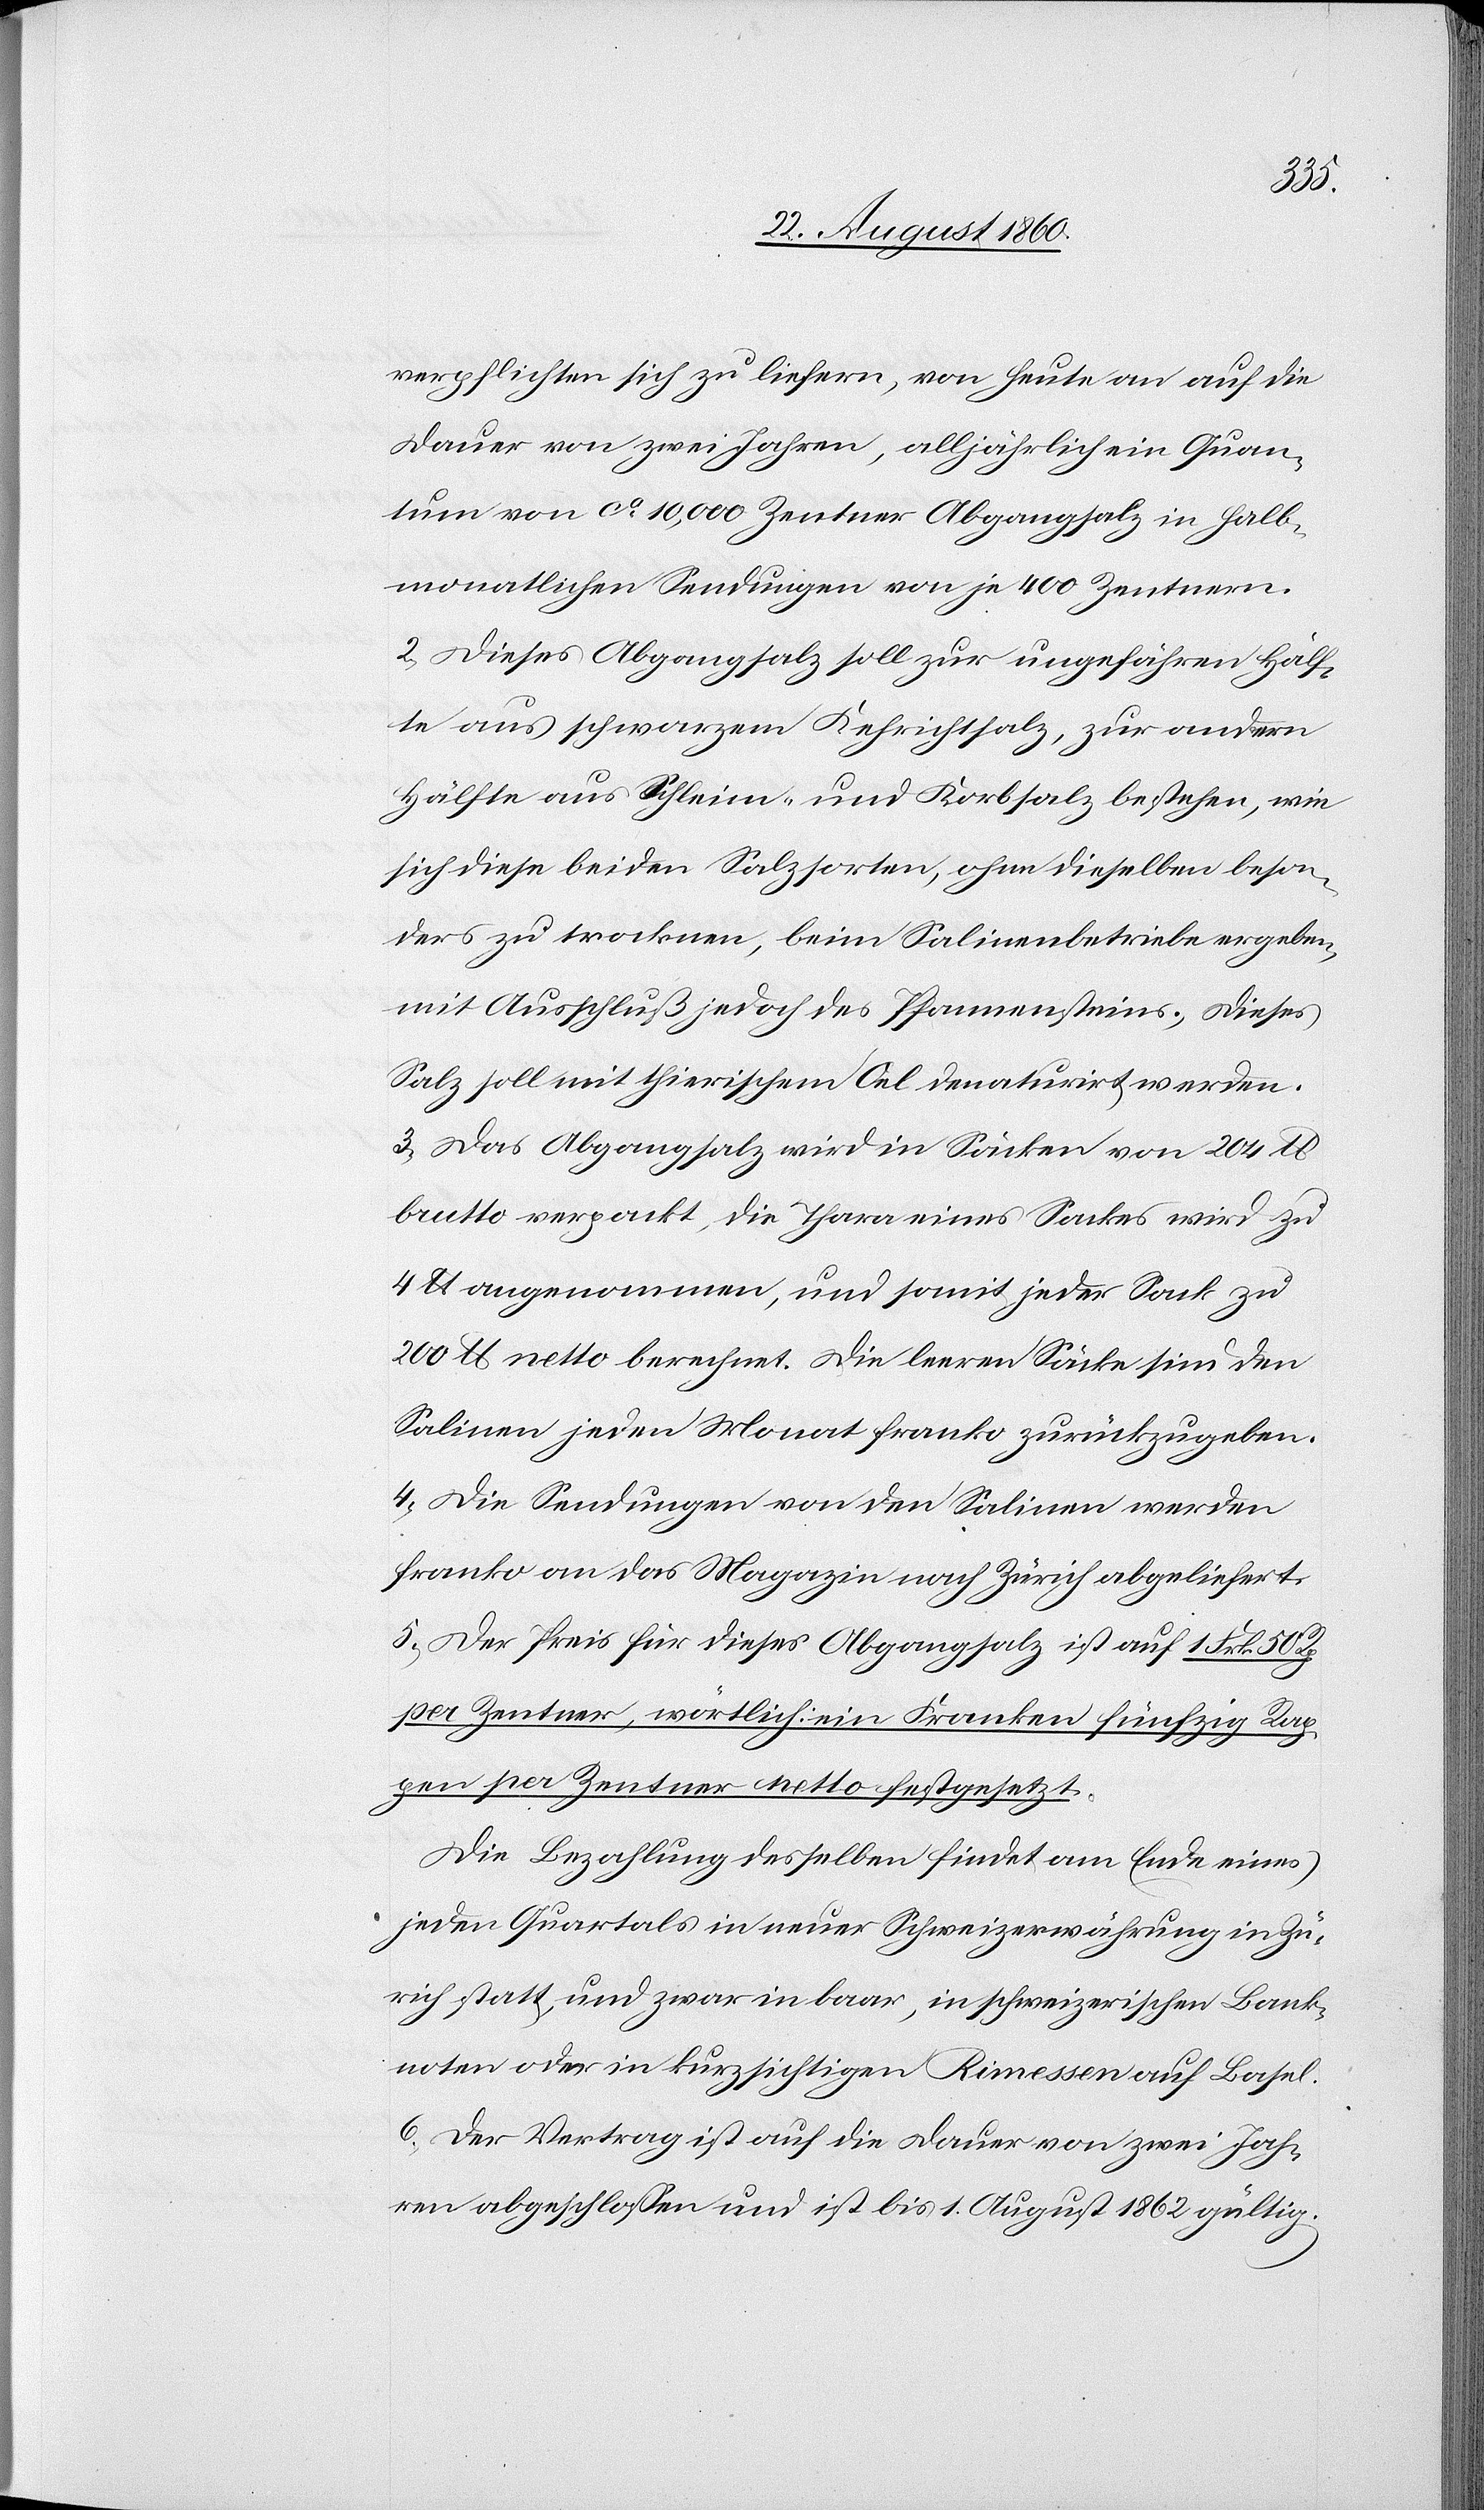
verpflichten sich zu liefern, von heute an auf die
Dauer von zwei Jahren, alljährliche in Quan¬
tum von ca. 10,000 Zentner Abgangsalz in halb¬
monatlichen Sendungen von je 400 Zentnern.
2) Dieses Abgangsalz soll zur ungefähren Hälf¬
te aus schwarzem Kehrichtsalz, zur andern
Hälfte aus Schleim, und Korbsalz bestehen, wie
sich diese beiden Salzsorten, ohne dieselben beson¬
ders zu trocknen, beim Salinenbetriebe ergeben,
mit Ausschluss jedoch des Pfannensteins. Dieses
Salz soll mit thierischem Oel denaturirt werden.
3) Das Abgangsalz wird in Säcken von 204 lb.
brutto verpackt, die Thara eines Sackes wird zu
4. lb. angenommnen, und somit jeder Sack zu
200 lb. netto berechnet. Die leeren Säcke sind den
Salinen jeden Monat franco zurückzugeben.
4) Die Sendungen von den Salinen werden
franko an das Magazin nach Zürich abgeliefert.
5) Der Preis für dieses Abgangsalz ist auf 1 fs. 50C.
per Zentner, wörtlich: ein Franken fünfzig Rap¬
pen per Zentner netto festgesetzt.
Die Bezahlung desselben findet am Ende eines
jeden Quartals in neuer Schweizerwährung in Zü¬
rich statt, und zwar in baar in schweizerischen Bank¬
noten oder in kurzsichtigen Rimessen auf Basel.
6) Die Vertrag ist auf die Dauer von zwei Jah¬
ren abgeschlossen und ist bis 1. August 1862 gültig.